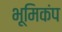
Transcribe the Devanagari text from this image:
भूमिकंप